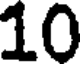
10